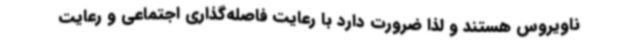
ناویروس هستند و لذا ضرورت دارد با رعایت فاصله‌گذاری اجتماعی و رعایت